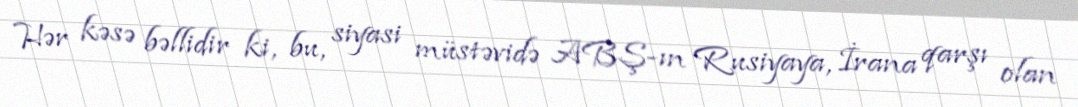
Hər kəsə bəllidir ki, bu, siyasi müstəvidə ABŞ-ın Rusiyaya, İrana qarşı olan